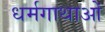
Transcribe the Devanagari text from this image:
धर्मगाथाओं